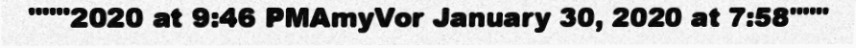
"""2020 at 9:46 PMAmyVor January 30, 2020 at 7:58"""